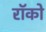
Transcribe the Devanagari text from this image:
रॉको